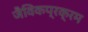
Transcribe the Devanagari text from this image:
जैविकप्रक्रम